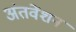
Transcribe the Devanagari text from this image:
अंतवेंशन